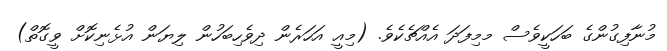
މުނާފިގުންގެ ބަހަކީވެސް މމިފަދަ އެއްޗެކެވެ. (މިއީ އަހަރެން ދިވެހިބަހުން ލިޔަން އުޅެނިކޮށް ވީގޮތް)